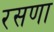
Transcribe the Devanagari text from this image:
रसणा